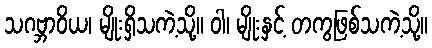
သဂဗ္ဘာဝိယ၊ မျိုးရှိသကဲ့သို့။ ဝါ၊ မျိုးနှင့် တကွဖြစ်သကဲ့သို့။